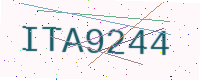
Text: ITA9244